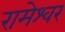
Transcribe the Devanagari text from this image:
रामेश्वर